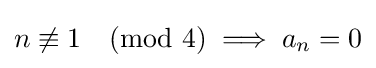
n\not \equiv 1{\pmod {4}}\implies a_{n}=0